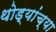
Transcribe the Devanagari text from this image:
थोड्यांच्या